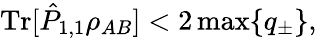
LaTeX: \mathrm{Tr}[\hat{P}_{1,1}\rho_{AB}]<2\operatorname*{max}\{ q_{\pm}\} ,